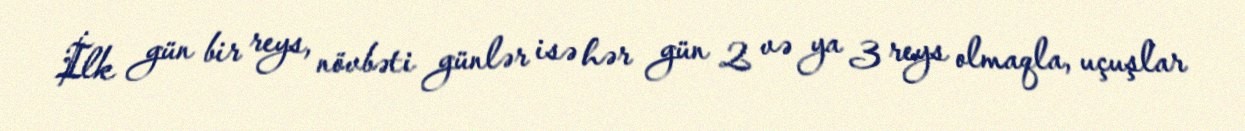
İlk gün bir reys, növbəti günlər isə hər gün 2 və ya 3 reys olmaqla, uçuşlar